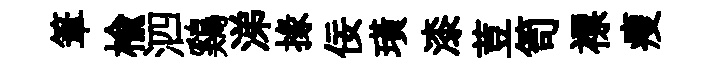
筆榆泗鷄涕掾佞璜漆荳笥褾瘦